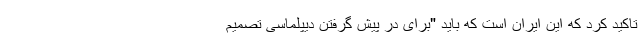
تاکید کرد که این ایران است که باید "برای در پیش گرفتن دیپلماسی تصمیم